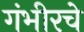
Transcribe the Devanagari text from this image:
गंभीरचे